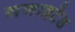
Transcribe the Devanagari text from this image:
यनाइटेड